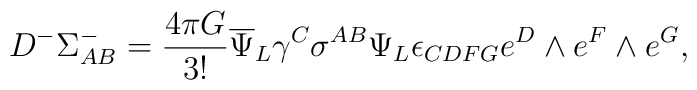
D^-\Sigma^-_{AB} ={{4\pi G}\over{3!}}{\overline\Psi}_L\gamma^C \sigma^{AB}\Psi_L \epsilon_{CDFG}e^D\wedge e^F\wedge e^G,